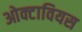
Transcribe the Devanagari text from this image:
ओक्टावियस